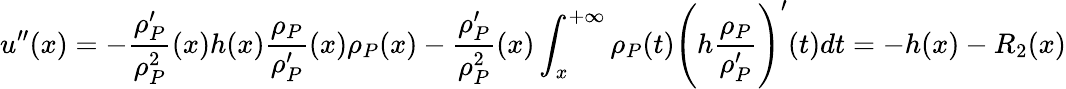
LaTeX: u^{\prime\prime}(x)=-\frac{\rho_{P}^{\prime}}{\rho_{P}^{2}}(x)h(x)\frac{\rho_{P}}{\rho_{P}^{\prime}}(x)\rho_{P}(x)-\frac{\rho_{P}^{\prime}}{\rho_{P}^{2}}(x)\int_{x}^{+\infty}\rho_{P}(t)\Bigg(h\frac{\rho_{P}}{\rho_{P}^{\prime}}\Bigg)^{\prime}(t)dt=-h(x)-R_{2}(x)